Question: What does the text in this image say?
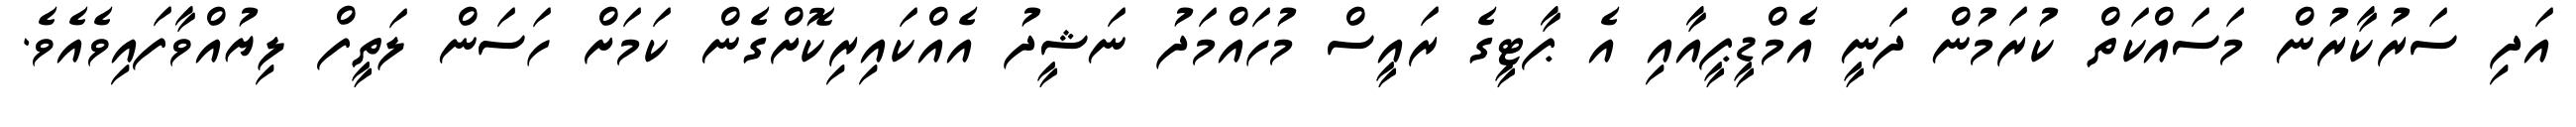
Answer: އަދި ސަރުކާރުން މަސައްކަތް ކުރަމުން ދަނީ އެމްޑީޕީއާއި އެ ޕާޓީގެ ރައީސް މުހައްމަދު ނަޝީދު އެއްކައިރިކޮށްގެން ކަމަށް ހަސަން ލަތީފް ލިޔުއްވާފައިވެއެވެ.